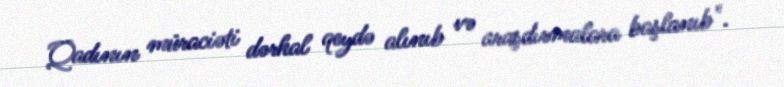
Qadının müraciəti dərhal qeydə alınıb və araşdırmalara başlanıb".